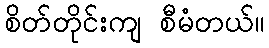
စိတ်တိုင်းကျ စီမံတယ်။